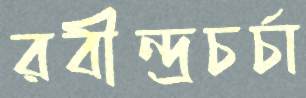
রবীন্দ্রচর্চা